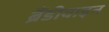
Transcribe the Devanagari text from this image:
ब्रैंडीवाइन